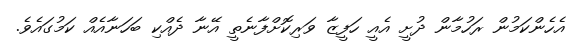
އެހެންކަމުން ރަހުމާން ދުށީ އެއީ ހަފީޒާ ވަރިކޮށްފާނެތީ އޭނާ ދެއްކި ބަހަނާއެއް ކަމުގައެވެ.